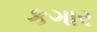
કગાર